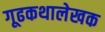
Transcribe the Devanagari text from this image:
गूढकथालेखक